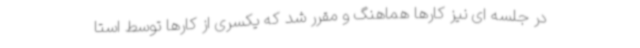
در جلسه ای نیز کارها هماهنگ و مقرر شد که یکسری از کارها توسط استا